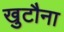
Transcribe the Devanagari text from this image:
खुटौना